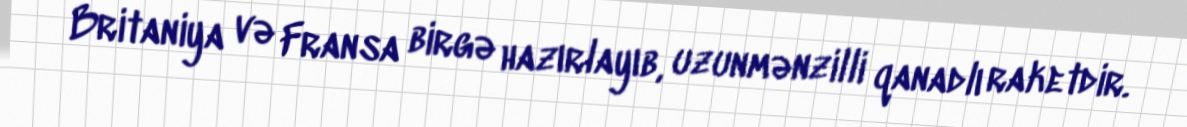
Britaniya və Fransa birgə hazırlayıb, uzunmənzilli qanadlı raketdir.